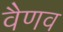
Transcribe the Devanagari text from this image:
वैणव